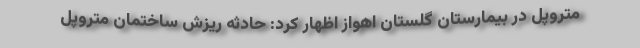
متروپل در بیمارستان گلستان اهواز اظهار کرد: حادثه ریزش ساختمان متروپل